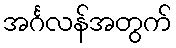
အင်္ဂလန်အတွက်